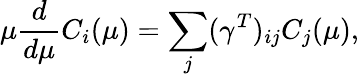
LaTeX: \mu\frac{d}{d\mu}C_{i}(\mu)=\displaystyle\sum_{j}(\gamma^{T})_{ij}C_{j}(\mu),